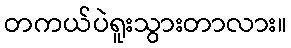
တကယ်ပဲရူးသွားတာလား။